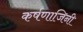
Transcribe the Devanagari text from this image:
कर्षणाजिनी